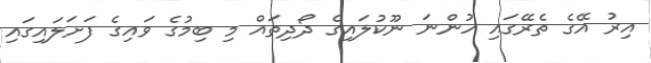
އިރު އޭގެ ތެރޭގައި ހުންނަ ނޫކުލައިގެ ދޯދިތައް މި ބިމުގެ ވައިގެ ފަށަލައިގައި